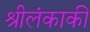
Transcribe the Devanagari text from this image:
श्रीलंकाकी